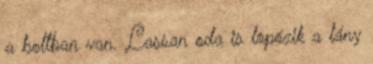
a boltban van. Lassan oda is lopózik a lány